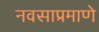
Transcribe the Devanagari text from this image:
नवसाप्रमाणे